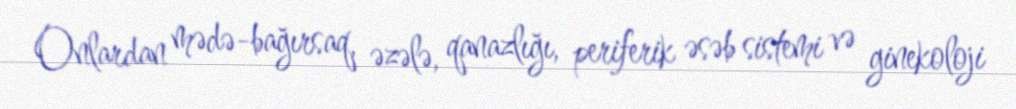
Onlardan mədə-bağırsaq, əzələ, qanazlığı, periferik əsəb sistemi və ginekoloji